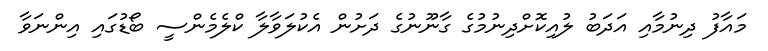
މައާފު ދިނުމާއި އަދަބު ލުއިކޮށްދިނުމުގެ ގާނޫނުގެ ދަށުން އެކުލަވާލާ ކްލެމެންސީ ބޯޑުގައި އިންނަވާ